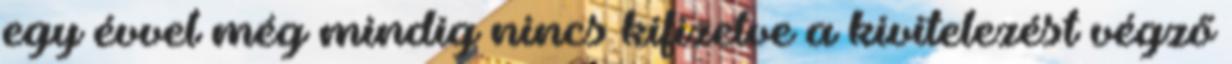
egy évvel még mindig nincs kifizetve a kivitelezést végző